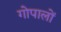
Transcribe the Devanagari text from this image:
गोपालों